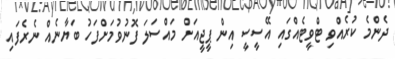
ދެންމެ ކުރެއްވި ޓްވީޓެއްގައި އޭސީސީ އިން ޕީޖީއަށް މައްސަލަ ފޮނުވުމަށްފަހު ބަޔާނެއް ނެރެފައި